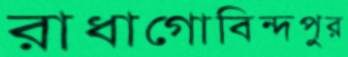
রাধাগোবিন্দপুর